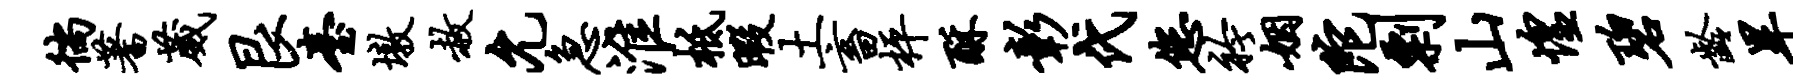
徜蓍葳艮台墩赦允急淮柢暇土畜枰酥彰代您衿姻陀剽山惶碧龄旱